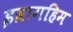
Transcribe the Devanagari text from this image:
इब्रागहिम